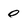
Character: 0